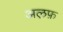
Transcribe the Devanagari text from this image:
अल़फ़